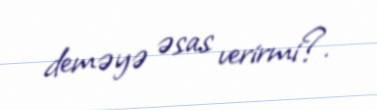
deməyə əsas verirmi?.